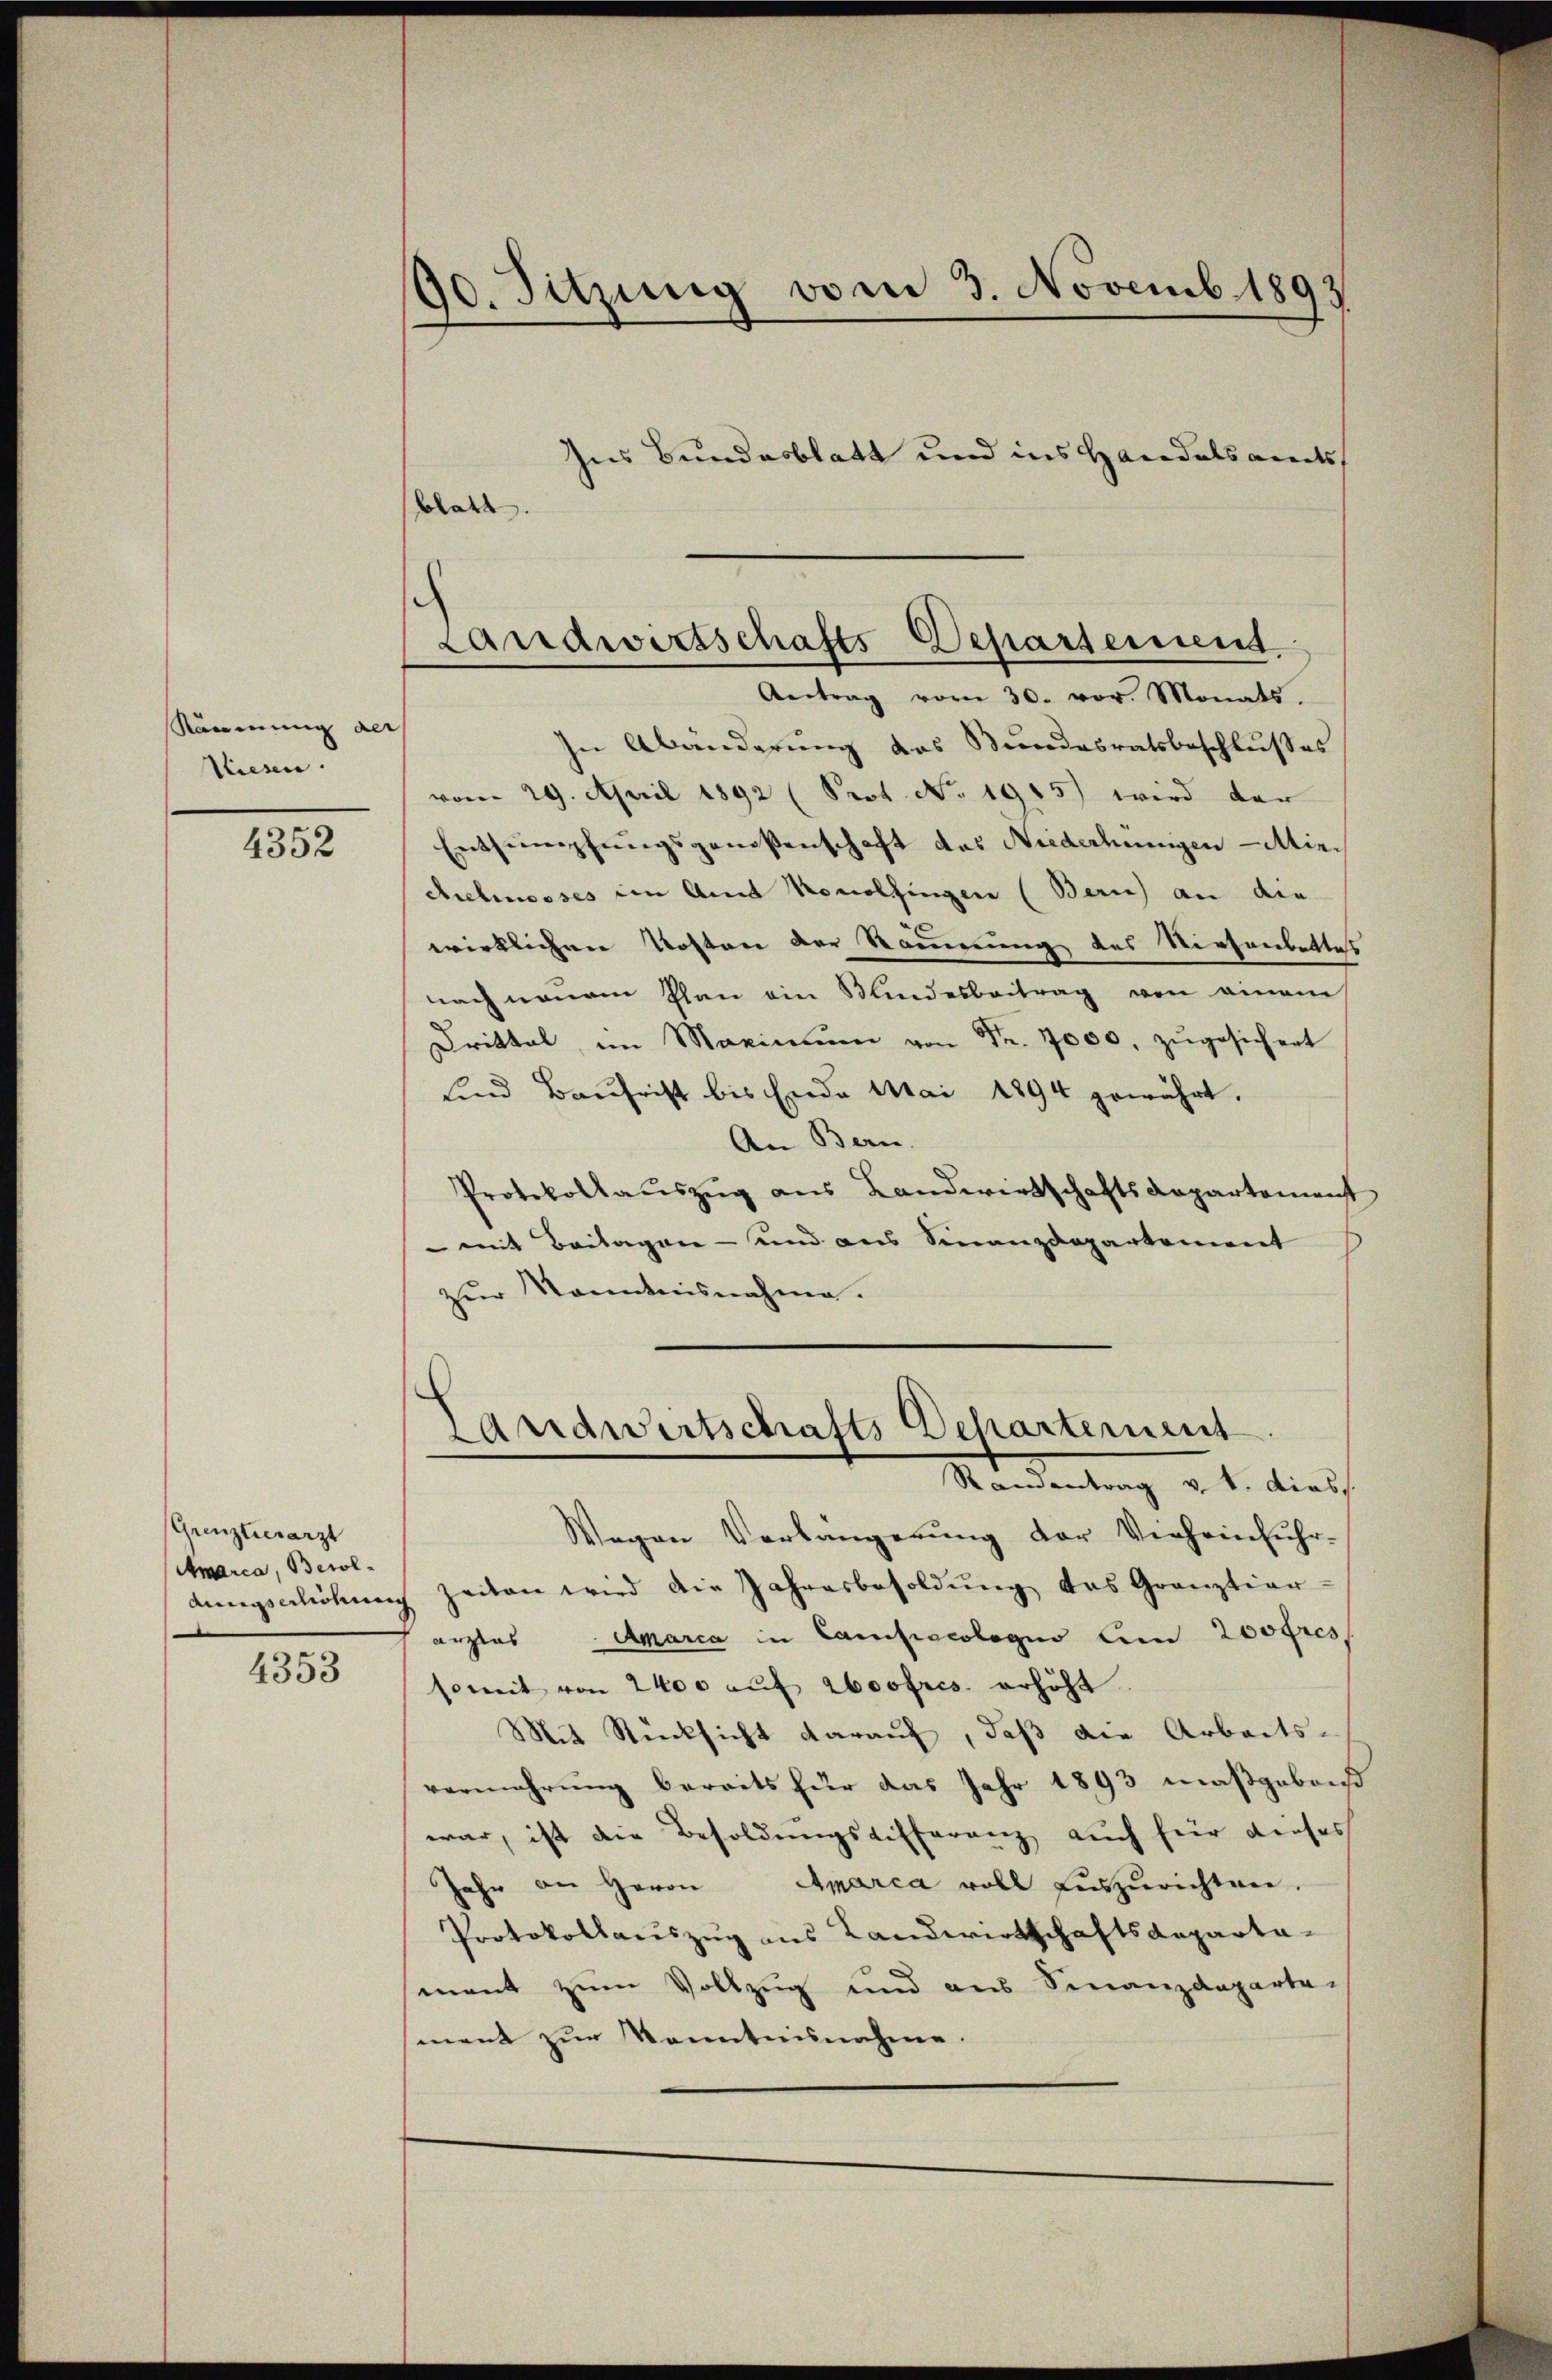
Räumung de
Wiesen.

4352

(Grenzlerarzt
Amarca, Besol¬

4353

In Abänderung des Bundesratsbeschlußes
vom 29. April 1892 (Srot No. 1915) wird der
Entsumpfungsgenossenschaft das Niederhünigen Min.
chelmooses im Amt Monolfingen (Bern) an die
wirklichen Kosten der Räumung des Niesenbettes
nach neuem Plan ein Mindesbeitrag von einem
Drittel, im Maximŭm von Fr. 7000, zŭgesichert
und Baufrist bis Ende Mai 1894 gewährt.
An Bern.
Protokollaŭszŭg aŭs Landwirtschaftsdepartement
 mit Beilagen - und aus Finanzdepartement
zŭr Kenntnisnahme.

90. Sitzung vom 3. Novemb. 1893

blatt.

hns Bundesblatt und ins Handelsaments

e
Landwirtschafts-Departement.
Aertrag vom 30. vor. Monats.
e

Landwirtschafts Departement
Randentrag v. 1. diess.

Wegen Verlängerung der Vieheinfuhr-
dŭngsgelichŭng zeiten wird die Jahresbesoldŭng des Gränztiar-
arztes Amarca in Campacolegio am 200fres
somit von 2400 aŭf absofres. erhöht.
Mit Rücksicht darauf, daß die Arbeitsvermehrung bereits für das Jahr 1893 maßgebens
war, ist die Besoldungsdifferenz auch für dieses
Jahr an Herrn Aparca voll auszurichten.
Protokollauszug aus Landwirtschaftsdeparta-
mant zum Vollzug und aus Finanzdeparte-
ment zur Kenntnisnahme.